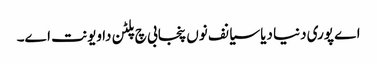
اے پوری دنیا دیا سیانف نوں پنجابی چ پلٹن دا ویونت اے۔